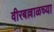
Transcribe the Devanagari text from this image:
वीरबल्लाळच्या